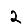
Digit: 2